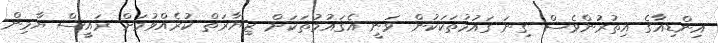
އިންޑިއާގެ އިތުރުންވެސް ގިނަ ގައުމުތަކަކުން ވަނީ އެގައުމުތަކަށް ޒިޔާރަތް ކުރެއްވުމަށް ރައީސް ޔާމިން